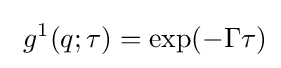
\ g^{1}(q;\tau )=\exp(-\Gamma \tau )